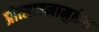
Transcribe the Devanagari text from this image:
प्रोत्साहनामुळेच